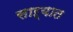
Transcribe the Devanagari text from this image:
साऱ्यात